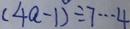
( 4 a - 1 ) \div 7 \cdots 4